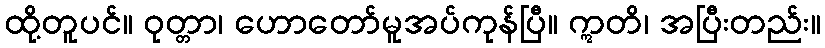
ထို့တူပင်။ ဝုတ္တာ၊ ဟောတော်မူအပ်ကုန်ပြီ။ ဣတိ၊ အပြီးတည်း။